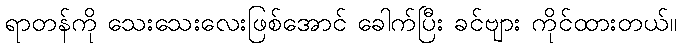
ရာတန်ကို သေးသေးလေးဖြစ်အောင် ခေါက်ပြီး ခင်ဗျား ကိုင်ထားတယ်။